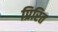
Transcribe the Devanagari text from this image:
प्रिरित